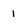
Character: 1